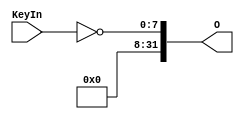
`timescale 1ns / 1ps
//////////////////////////////////////////////////////////////////////////////////
// Company: 
// Engineer: 
// 
// Design Name: 
// Module Name:    Key 
// Project Name: 
// Target Devices: 
// Tool versions: 
// Description: 
//
// Dependencies: 
//
// Revision: 
// Revision 0.01 - File Created
// Additional Comments: 
//
//////////////////////////////////////////////////////////////////////////////////
module Key(
    input [7:0] KeyIn,
    output [31:0] O
    );
	 
	 assign O = {24'b0, ~KeyIn};


endmodule